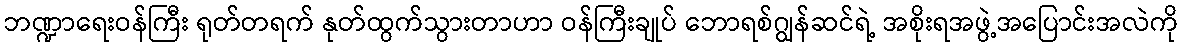
ဘဏ္ဍာရေးဝန်ကြီး ရုတ်တရက် နုတ်ထွက်သွားတာဟာ ဝန်ကြီးချုပ် ဘောရစ်ဂျွန်ဆင်ရဲ့ အစိုးရအဖွဲ့အပြောင်းအလဲကို